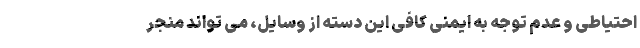
احتیاطی و عدم توجه به ایمنی کافی این دسته از وسایل، می تواند منجر